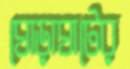
ঘোড়াঘাটের